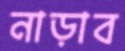
নাড়াব